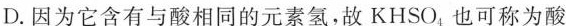
D.因为它含有与酸相同的元素氢，故KHSO_{4}也可称为酸